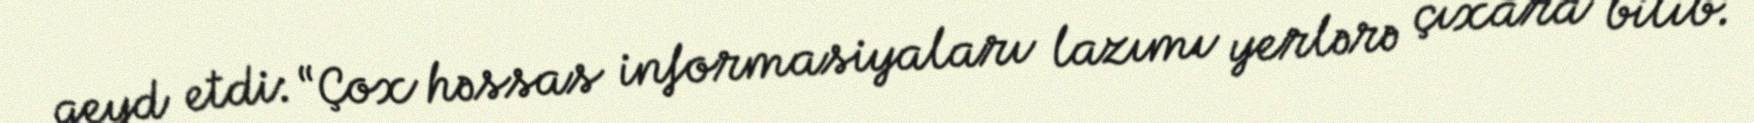
qeyd etdi: “Çox həssas informasiyaları lazımı yerlərə çıxara bilib.